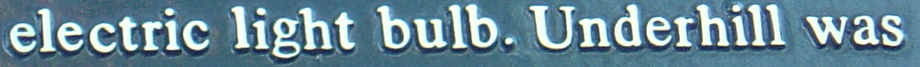
electric light bulb. Underhill was